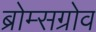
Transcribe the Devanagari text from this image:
ब्रोम्सग्रोव